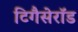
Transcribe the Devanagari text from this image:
टिगैसेरॉड